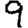
Digit: 9